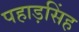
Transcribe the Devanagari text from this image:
पहाड़सिंह